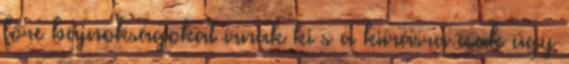
főre bajnokságokat írnak ki s a kiírásra csak úgy